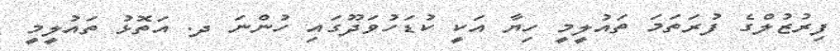
ފިރުޒުލްގެ ފުރަތަމަ ތައުލީމީ ހިޔާ އަކީ ކުޑަހުވަދޫގައި ހުންނަ ދ. އަތޮޅު ތައުލީމީ